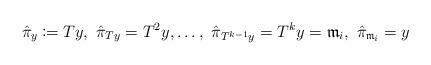
LaTeX: \begin{align*}\hat{\pi}_y\coloneqq Ty ,\ \hat{\pi}_{Ty}=T^2y,\dots,\ \hat{\pi}_{T^{k-1}y}=T^ky=\mathfrak{m}_i,\ \hat{\pi}_{\mathfrak{m}_i}=y\end{align*}